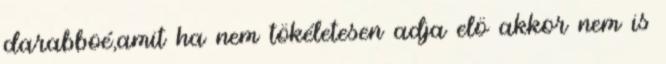
darabboé,amit ha nem tökéletesen adja elö akkor nem is